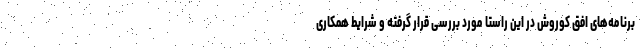
برنامه­های افق کوروش در این راستا مورد بررسی قرار گرفته و شرایط همکاری